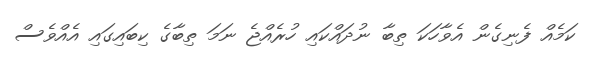
ކަމެއް ފެނިގެން އެވާހަކަ ތިބާ ނުދައްކައި ހުރެއްޖެ ނަމަ ތިބާގެ ކިބައިގައި އެއްވެސް